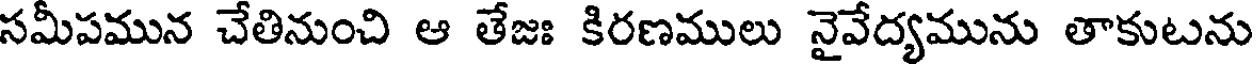
సమీపమున చేతినుంచి ఆ తేజః కిరణములు నైవేద్యమును తాకుటను